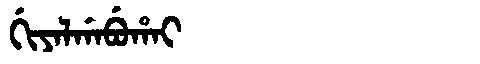
Manchu: ᡤᡳᠶᠠᠯᡤᠠᠪᡠᡥᠠᡳ
Romanization: GIYALGABUHAI